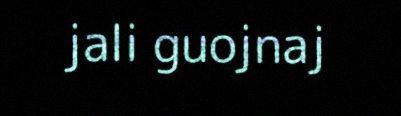
jali guojnaj